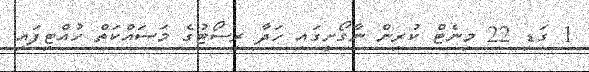
1 ގަޑި 22 މިނެޓް ކުރިން ނާގޯށީގައި ހަދާ ރިސޯޓުގެ މަސައްކަތް ހުއްޓިފައި